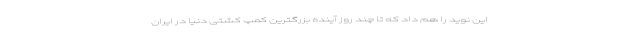
این نوید را هم داد که تا چند روز آینده بزرگترین کمپ کشتی دنیا در ایران